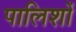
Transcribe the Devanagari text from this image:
पालिशों